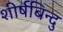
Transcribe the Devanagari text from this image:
शीर्षबिन्दु